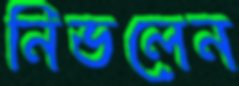
নিভলেন